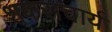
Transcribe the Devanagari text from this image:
शकराचार्य